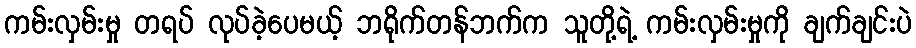
ကမ်းလှမ်းမှု တရပ် လုပ်ခဲ့ပေမယ့် ဘရိုက်တန်ဘက်က သူတို့ရဲ့ ကမ်းလှမ်းမှုကို ချက်ချင်းပဲ